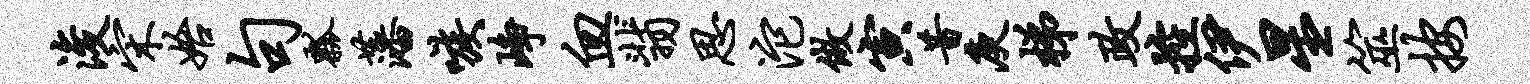
浚宋始句瓢藩嗾峥血翡思沱做寅昔庾梯政控伊星筮按